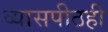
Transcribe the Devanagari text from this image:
व्यासपीठही